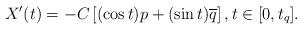
LaTeX: \begin{align*} X'(t) = -C \left[ (\cos t) p + (\sin t) \overline{q} \right], t \in [0, t_q].\end{align*}